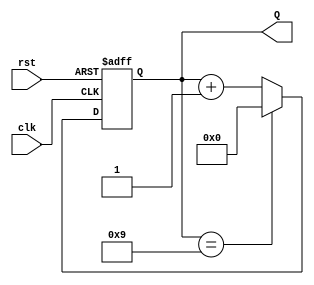
module decade_counter (
    input wire clk,      // Clock input
    input wire rst,      // Asynchronous reset input
    output reg [3:0] Q   // 4-bit output for the count value
);

// Always block triggered on the rising edge of the clock
always @(posedge clk or posedge rst) begin
    if (rst) begin
        // Asynchronous reset: set count to 0
        Q <= 4'b0000;
    end else begin
        // Increment the count
        if (Q == 4'b1001) begin
            // If count is 9 (1001), reset to 0
            Q <= 4'b0000;
        end else begin
            // Otherwise, increment the count
            Q <= Q + 1;
        end
    end
end

endmodule